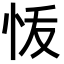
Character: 𭜞